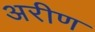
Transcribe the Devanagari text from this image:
अरीण